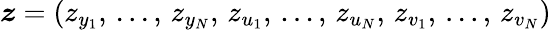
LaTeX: \boldsymbol{z}=(z_{y_{1}},\, ...,\, z_{y_{N}},\, z_{u_{1}},\, ...,\, z_{u_{N}},\, z_{v_{1}},\, ...,\, z_{v_{N}})